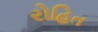
રોહિત